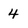
Character: 4